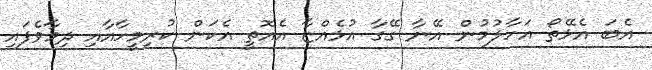
އެބަ އެޅޭތޯ އަހާލުމުން އޭނާ ގޭގާ އުޅެއްޏާ އެއޮތީ އެކަން ކުރިމީހާއާއި ދިމާވެފައި